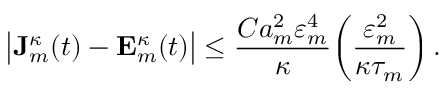
\bigl | \mathbf { J } _ { m } ^ { \kappa } ( t ) - \mathbf { E } _ { m } ^ { \kappa } ( t ) \bigr | \leq \frac { C a _ { m } ^ { 2 } \varepsilon _ { m } ^ { 4 } } { \kappa } \biggl ( \frac { \varepsilon _ { m } ^ { 2 } } { \kappa \tau _ { m } } \biggr ) \, .